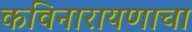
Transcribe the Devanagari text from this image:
कविनारायणाचा